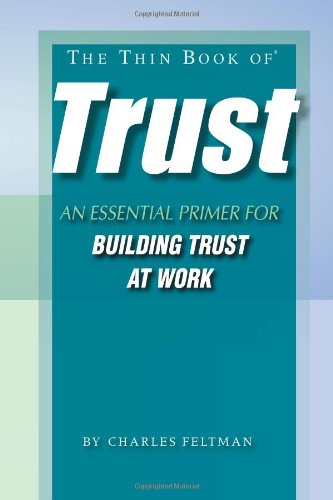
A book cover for The Thin Book of Trust; An Essential Primer for Building Trust at Work; Charles Feltman; Business & Money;